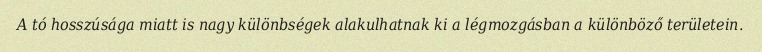
A tó hosszúsága miatt is nagy különbségek alakulhatnak ki a légmozgásban a különböző területein.